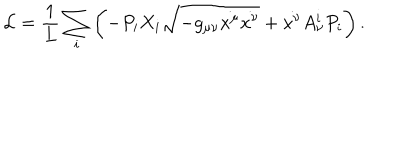
LaTeX: \mathcal { L } = \frac { 1 } { L } \sum _ { i } \left( - P _ { i } X _ { i } \sqrt { - g _ { \mu \nu } \dot { x ^ { \mu } } \dot { x ^ { \nu } } } + \dot { x ^ { \nu } } A _ { \nu } ^ { i } P _ { i } \right) .